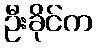
ဦးခိုင်က